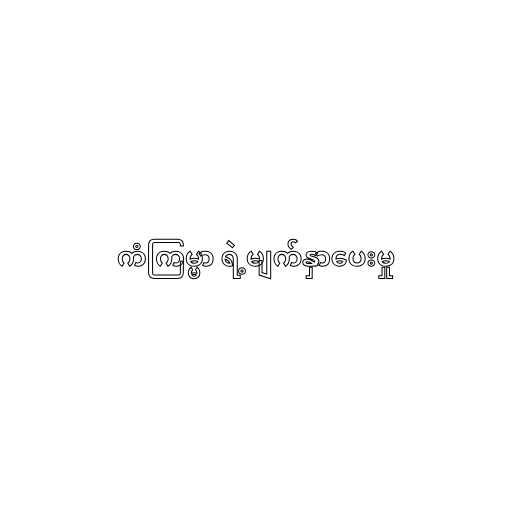
ကံကြမ္မာ ရဲ့မျက်နှာပေးမှု